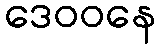
ဒေဝဝနေ